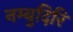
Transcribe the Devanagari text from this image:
नम्बुदिरि